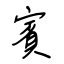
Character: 賓